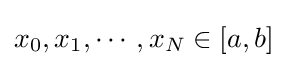
x_{0},x_{1},\cdots ,x_{N}\in [a,b]